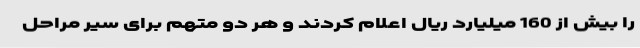
را بیش از 160 میلیارد ریال اعلام کردند و هر دو متهم برای سیر مراحل